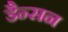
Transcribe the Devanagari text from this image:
डैन्सन